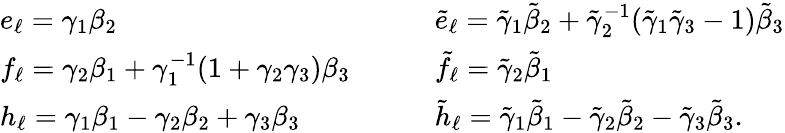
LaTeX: \begin{array}{ll}{e_{\ell}=\gamma_{1}\beta_{2}}&{\tilde{e}_{\ell}=\tilde{\gamma}_{1}\tilde{\beta}_{2}+\tilde{\gamma}_{2}^{-1}(\tilde{\gamma}_{1}\tilde{\gamma}_{3}-1)\tilde{\beta}_{3}}\\ {f_{\ell}=\gamma_{2}\beta_{1}+\gamma_{1}^{-1}(1+\gamma_{2}\gamma_{3})\beta_{3}{\quad\quad}}&{\tilde{f}_{\ell}=\tilde{\gamma}_{2}\tilde{\beta}_{1}}\\ {h_{\ell}=\gamma_{1}\beta_{1}-\gamma_{2}\beta_{2}+\gamma_{3}\beta_{3}}&{\tilde{h}_{\ell}=\tilde{\gamma}_{1}\tilde{\beta}_{1}-\tilde{\gamma}_{2}\tilde{\beta}_{2}-\tilde{\gamma}_{3}\tilde{\beta}_{3}.}\end{array}